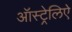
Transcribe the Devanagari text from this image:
ऑस्ट्रेलिऐ